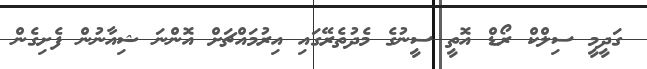
ގަދީމީ ސިލްކް ރޯޑް އޮތީ ސީނުގެ މެދުތެރޭގައި އިރުމައްޗަށް އޮންނަ ޝިއާނުން ފެށިގެން